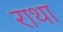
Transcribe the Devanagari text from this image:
राथा